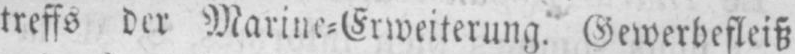
treffs der Marine⸗Erweiterung. Gewerbefleiß